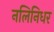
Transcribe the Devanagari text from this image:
नलिनिधर